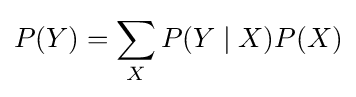
P(Y)=\sum _{X}P(Y\mid X)P(X)